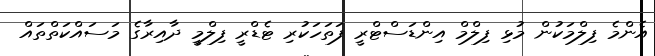
އެންމެ ފިލްމަކުން މުޅި ފިލްމް އިންޑަސްޓްރީ ފަތަހަކުރި ޓެޑްރީ ފިލްމީ ދާއިރާގެ މަސައްކަތްތައް